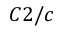
C 2 / c